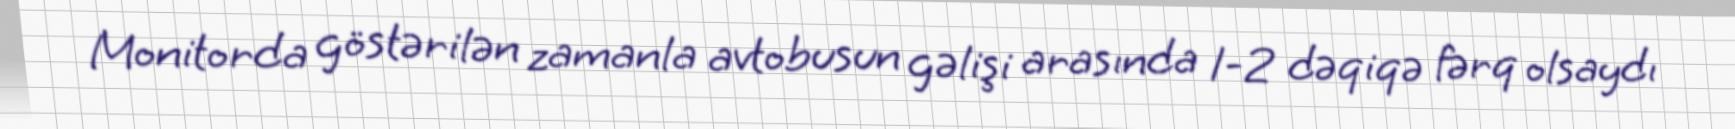
Monitorda göstərilən zamanla avtobusun gəlişi arasında 1-2 dəqiqə fərq olsaydı